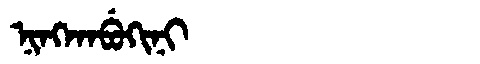
Manchu: ᠨᡳᠩᡴᠠᠪᡠᡴᡳᠨᡳ
Romanization: NINGKABUKINI